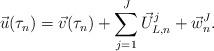
LaTeX: \begin{align*}\vec u(\tau_n) = \vec v(\tau_n) + \sum_{j=1}^J \vec U_{L, n}^j + \vec w_{n}^J.\end{align*}